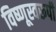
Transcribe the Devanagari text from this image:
विष्णूस्वरूपी